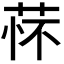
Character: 𬜸